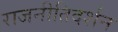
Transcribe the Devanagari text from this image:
राजनीतिदर्शन